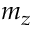
m _ { z }